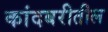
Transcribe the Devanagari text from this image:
कांदबरीतील